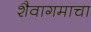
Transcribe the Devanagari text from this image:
शैवागमाचा